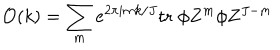
{ \cal O } ( k ) = \sum _ { m } e ^ { 2 \pi i m k / J } \mathrm { t r } \; \phi Z ^ { m } \phi Z ^ { J - m }